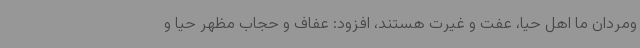
ومردان ما اهل حیا، عفت و غیرت هستند، افزود: عفاف و حجاب مظهر حیا و